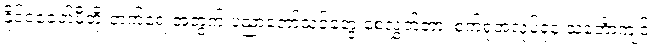
နိုင်ငံခေတ်မီတိုးတက်ရေးအတွက် ပညာတော်သင်တွေ စေလွှတ်တာ၊ စက်ရုံအလုပ်ရုံနဲ့ သင်္ဘောကျင်း